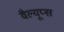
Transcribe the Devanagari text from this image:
वैल्यूप्स